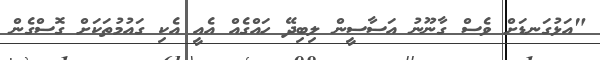
"އަޅުގަނޑަށް ވެސް ގާނޫނު އަސާސީން ލިބިދޭ ހައްގެއް އެއީ އެކި ގައުމުތަކަށް ގޮސްގެން